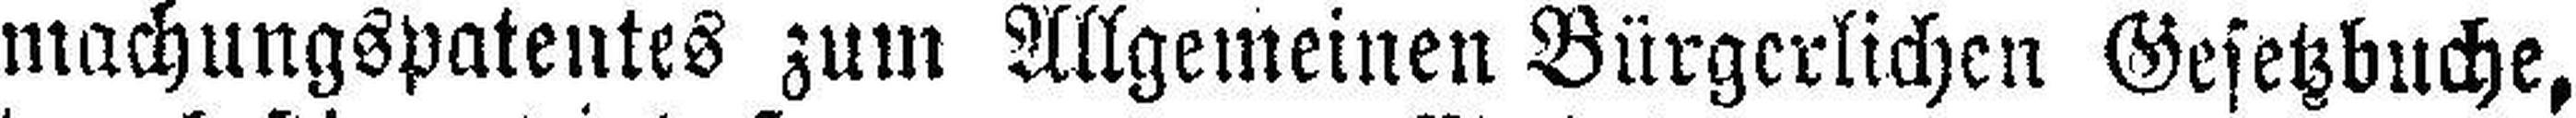
machungspatentes zum Allgemeinen Bürgerlichen Gesetzbuche,